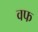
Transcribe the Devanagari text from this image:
वफ